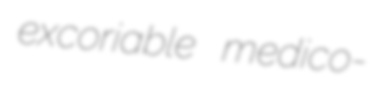
excoriable medico-